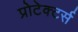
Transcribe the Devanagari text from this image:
प्रोटेक्टर्स